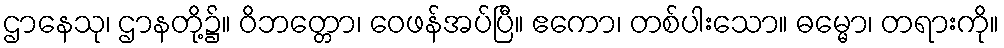
ဌာနေသု၊ ဌာနတို့၌။ ဝိဘတ္တော၊ ဝေဖန်အပ်ပြီ။ ဧကော၊ တစ်ပါးသော။ ဓမ္မော၊ တရားကို။